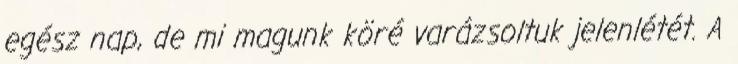
egész nap, de mi magunk köré varázsoltuk jelenlétét. A